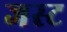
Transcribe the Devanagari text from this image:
जस्‍ट